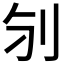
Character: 𠚻